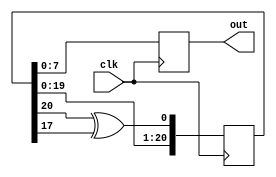
module Random(
	input clk,
    output reg [7:0] out
);

	 
	 reg [20:0] randm;
	 initial randm = ~(20'b0);//
	 reg [20:0] randm_next;
	 wire feedback;
	 //
	 assign feedback = randm[20] ^ randm[17];
	 

	 //
	 always @ (*)randm_next = {randm[19:0], feedback};

	 always @ (posedge clk)begin
		randm <= randm_next;
		out = randm[7:0];
	 end


endmodule